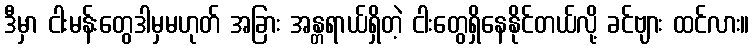
ဒီမှာ ငါးမန်းတွေဒါမှမဟုတ် အခြား အန္တရာယ်ရှိတဲ့ ငါးတွေရှိနေနိုင်တယ်လို့ ခင်ဗျား ထင်လား။